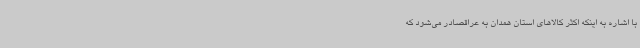
با اشاره به اینکه اکثر کالاهای استان همدان به عراقصادر می‌شود که